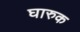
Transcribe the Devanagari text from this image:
घारुक